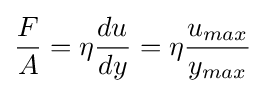
{\frac {F}{A}}=\eta {du_{} \over dy}=\eta {u_{max} \over y_{max}}